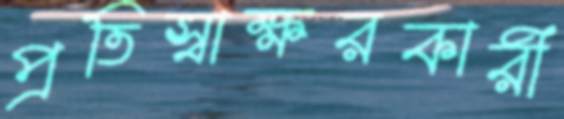
প্রতিস্বাক্ষরকারী